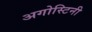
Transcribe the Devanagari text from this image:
अगोस्टिनी